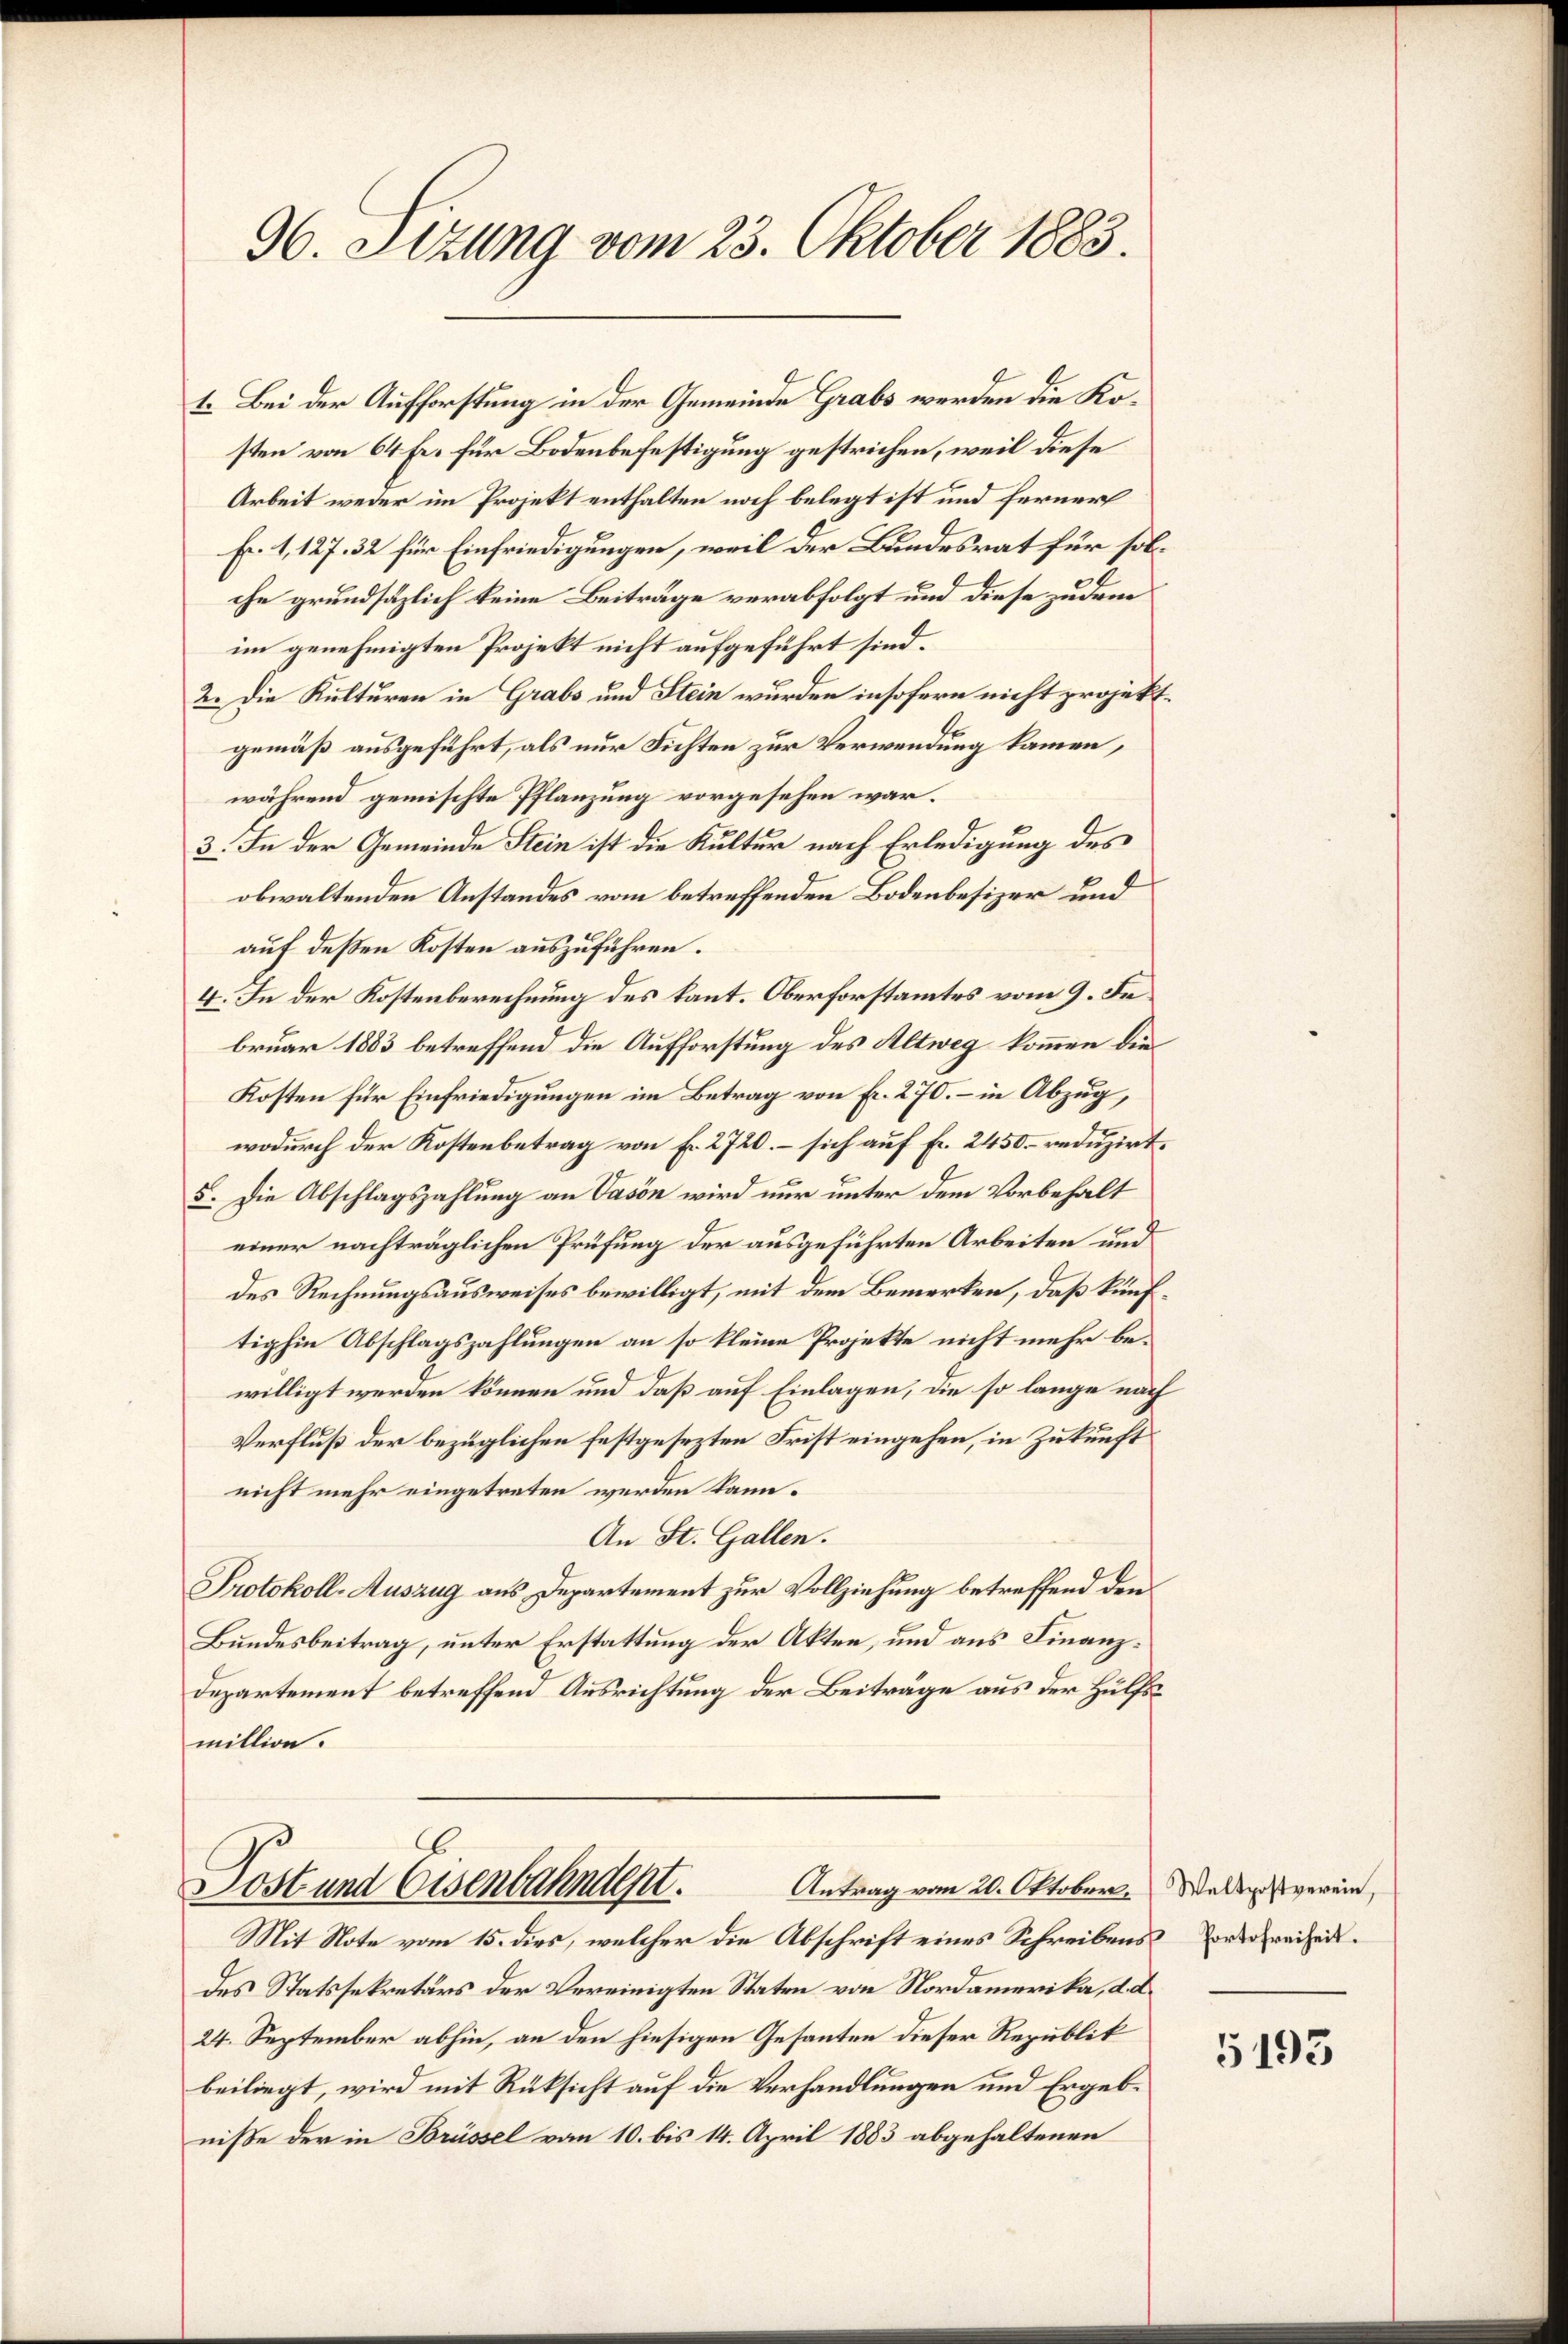
96. Stzung vom 23. Oktober 1883.

1. Bei der Aufforstung in der Gemeinde Grabs werden die Kosten von 64 Fr. für Bodenbefestigung gestrichen, weil diese
Arbeit weder im Projekt enthalten noch belegt ist und ferner
Fr. 1, 127. 32 für Einfriedigungen, weil der Bundesrat für solche grundsätzlich keine Beiträge verabfolgt und diese zudem
im genehmigten Projekt nicht aufgeführt sind.
2. Die Kulturen in Grabs und Stein wurden insofern nicht projekt.
gemäß ausgeführt, als nur Fichten zur Verwendung kamen,
während gemischte Pflanzung vorgesehen war.
3. In der Gemeinde Stein ist die Kultur nach Erledigung des
obwaltenden Anstandes vom betreffenden Bodenbesizer und
auf deßen Kosten auszuführen.
4. In der Kostenberechnung des kant. Oberforstamtes vom 9. Fe
bruar 1883 betreffend die Aufforstung des Altweg kommen die
Kosten für Einfriedigungen im Betrag von Fr. 270. – in Abzug,
wodurch der Kostenbetrag von Fr. 2720. – sich auf Fr. 2450. reduzirt.
5. Die Abschlagszahlung an Vason wird nur unter dem Vorbehalt
einer nachträglichen Prüfung der ausgeführten Arbeiten und
des Rechnungsausweises bewilligt, mit dem Bemerken, daß künftighin Abschlagszahlungen an so kleine Projekte nicht mehr bewilligt werden können und daß auf Einlagen, die so lange nach
Verfluß der bezüglichen festgesezten Frist eingehen, in Zukunft
nicht mehr eingetreten werden kann.
An St. Gallen.
Protokoll-Auszug aus Departement zur Vollziehung betreffend den
Bundesbeitrag, unter Erstattung der Akten, und aus Finanz¬
Departement betreffend Ausrichtung der Beiträge aus der Hülfsmillion.

Post und Eisenbahndept.
Antrag vom 20. Oktober.
Mit Note vom 15. dies, welcher die Abschrift eines Schreibens oder Freiheit.

des Statssekretärs der Vereinigten Staten von Nordamerika, d. d.
24. September abhin, an den hiesigen Gesanten dieser Republik
beiliegt, wird mit Rüksicht auf die Verhandlungen und Ergebniße der in Brüssel vom 10. bis 14. April 1883 abgehaltenen

Waltpostverein,

5193